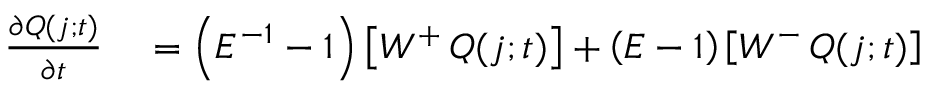
\begin{array} { r l } { \frac { \partial Q ( j ; t ) } { \partial t } } & { { } = \left( E ^ { - 1 } - 1 \right) \left[ W ^ { + } \thinspace Q ( j ; t ) \right] + \left( E - 1 \right) \left[ W ^ { - } \thinspace Q ( j ; t ) \right] } \end{array}